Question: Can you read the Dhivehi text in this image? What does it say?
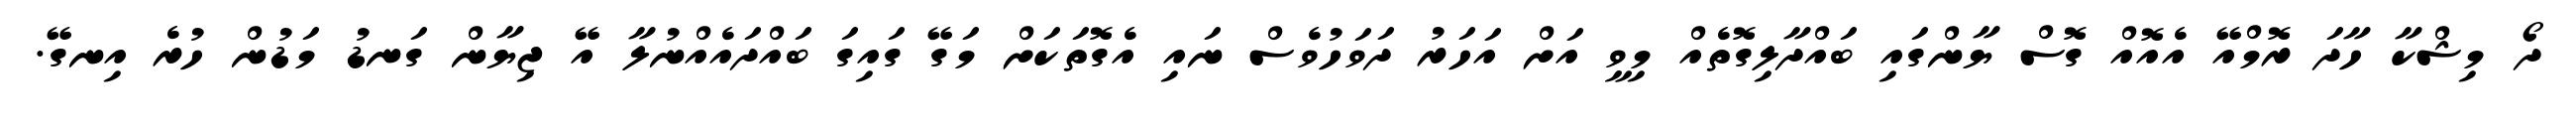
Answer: ދޯ މިޝްކާ ހާދަ ރޮމްއޭ އެއޮއް ގޮސް ޔާންގައި ބައްދާލިގޮތެއް މިވީ އަށް އަހަރު ދަވަހުވެސް ނައި އެގޮތަކަށް މަގޭ ގައިގަ ބައްދައެއްނުލާ އޭ ޖިޔާން ގަނޑު މަޑުން ހުރެ އިނގޭ.